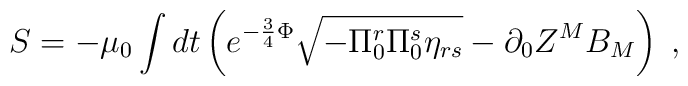
S = -\mu_0 \int dt\left( e^{-{3 \over 4} \Phi }\sqrt{-\Pi _{0}^{r}\Pi _{0}^{s}\eta_{rs}}-\partial _{0}Z^{M}B_{M}\right) \; ,